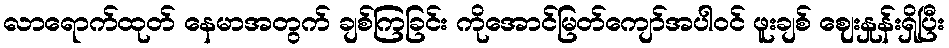
လာရောက်ထုတ် နေမာအတွက် ချစ်ကြခြင်း ကိုအောင်မြတ်ကျော်အပါဝင် ဖူးချစ် ဈေးနှုန်းရှိပြီး